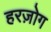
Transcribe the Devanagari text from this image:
हरज़ोग